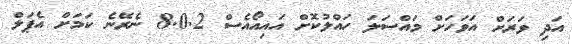
އަދި ވަރަށް އަވަހަށް މައްސަލަ ހައްލުކޮށް އައިއޯއެސް 8.0.2 ނެރޭނެ ކަމަށް އެޕަލް